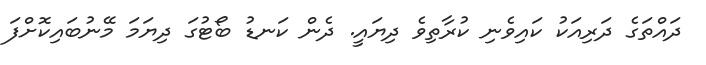
ދައްތަގެ ދަރިއަކު ކައިވެނި ކުރާތިވެ ދިޔައީ. ދެން ކަނޑު ބޯޓުގަ ދިޔަމަ މޭނުބައިކޮށްފަ